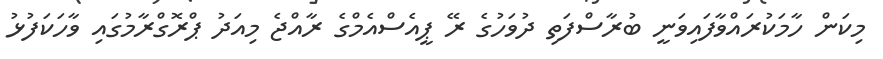
މިކަން ހާމަކުރައްވާފައިވަނީ ބުރާސްފަތި ދުވަހުގެ ރޭ ޕީއެސްއެމްގެ ރާއްޖެ މިއަދު ޕްރޮގްރާމުގައި ވާހަކަފުޅު